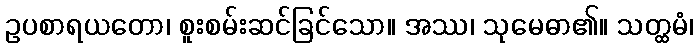
ဥပစာရယတော၊ စူးစမ်းဆင်ခြင်သော။ အဿ၊ သုမေဓာ၏။ သတ္ထမံ၊